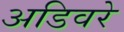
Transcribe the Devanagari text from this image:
अडिवरे